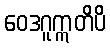
ဝေဒဂူဣတိပိ